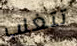
تتغلب